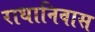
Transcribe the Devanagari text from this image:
राधानिवास